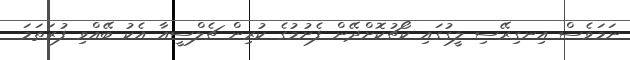
ނަމަވެސް އިނގިރޭސި ލީގުގައި ކޯޗުކޮށްދޭން ފެށުމުގެ ކުރިން ޗެލްސީއާ އެކު ބޭއްވި ފުރަތަމަ